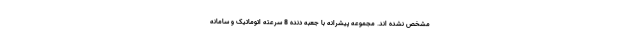
مشخص نشده اند. مجموعه پیشرانه با جعبه دنده 8 سرعته اتوماتیک و سامانه